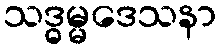
သဒ္ဓမ္မဒေသနာ